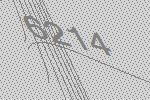
6214